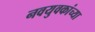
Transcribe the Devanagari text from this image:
नवयुवकांच्या